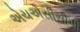
એચએસીસીપી